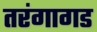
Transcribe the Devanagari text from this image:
तरंगागड